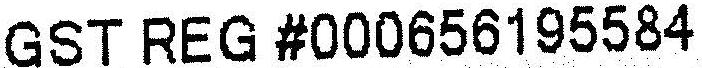
GST REG #000656195584